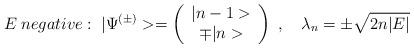
LaTeX: \begin{align*}E \; negative :\; |\Psi^{(\pm)}> =\left(\begin{array}{cc}|n-1>\\ \mp |n>\end{array}\right)\; , \quad \lambda_n = \pm\sqrt{2n|E|}\end{align*}